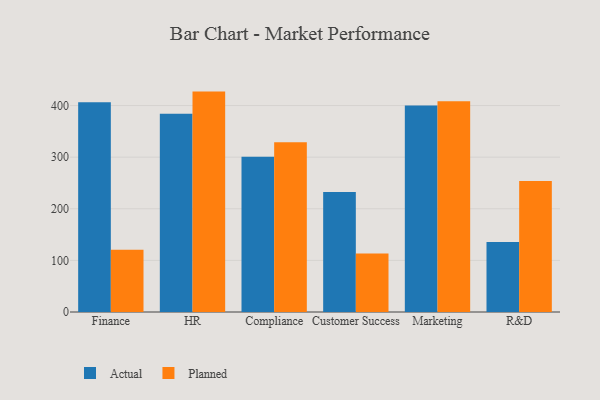
{"axis": {"x": "Department", "y": "Gross Profit (USD K)"}, "legend": ["Actual", "Planned"], "data": [{"x": "Finance", "y": 406.6, "type": "Actual"}, {"x": "Finance", "y": 120.5, "type": "Planned"}, {"x": "HR", "y": 384.3, "type": "Actual"}, {"x": "HR", "y": 427.0, "type": "Planned"}, {"x": "Compliance", "y": 300.7, "type": "Actual"}, {"x": "Compliance", "y": 329.1, "type": "Planned"}, {"x": "Customer Success", "y": 232.7, "type": "Actual"}, {"x": "Customer Success", "y": 113.2, "type": "Planned"}, {"x": "Marketing", "y": 400.0, "type": "Actual"}, {"x": "Marketing", "y": 408.1, "type": "Planned"}, {"x": "R&D", "y": 135.8, "type": "Actual"}, {"x": "R&D", "y": 253.7, "type": "Planned"}]}